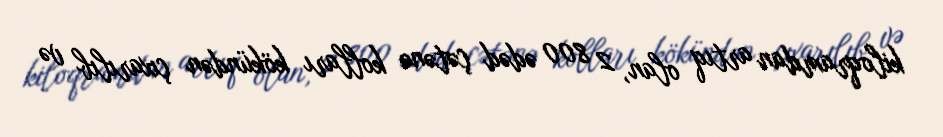
kiloqramdan artıq olan, 2 800 ədəd çətənə kolları kökündən çıxarılıb və